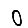
Digit: 0